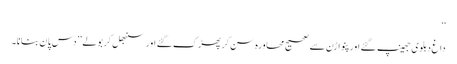
‘‘
داغ دہلوی جھینپ گئے اور پنواڑن سے صحیح محاورہ سن کر پھڑک گئے اور سنبھل کر بولے ’’دس پان بنانا۔